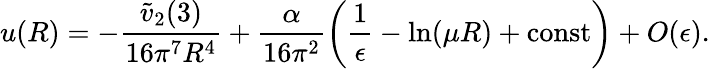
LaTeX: u(R)=-\frac{\tilde{v}_{2}(3)}{16\pi^{7}R^{4}}+\frac{\alpha}{16\pi^{2}}\left(\frac{1}{\epsilon}-\ln(\mu R)+\mathrm{const}\right)+O(\epsilon).